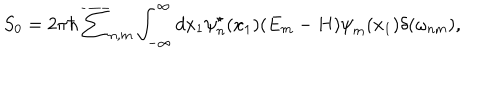
LaTeX: S _ { 0 } = 2 { \pi } { \hbar } \overline { { { \sum } } } _ { n , m } \int _ { - \infty } ^ { \infty } d x _ { 1 } { \psi } _ { n } ^ { \star } ( x _ { 1 } ) ( E _ { m } - H ) { \psi } _ { m } ( x _ { 1 } ) \delta ( { \omega } _ { n m } ) ,